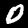
Digit: 0